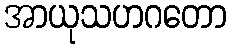
အာယုသဟဂတော